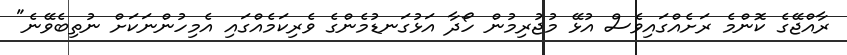
ރާއްޖޭގެ ކޮންމެ ރަށެއްގައިވެސް އުޅޭ މުޖުރިމުން ހޯދާ އަޅުގަނޑުމެންގެ ވެރިކަމެއްގައި އެމިހުންނަކަށް ނުތިބެވޭނެ"